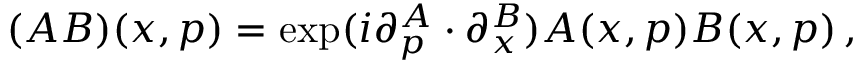
( A B ) ( x , p ) = \exp ( i \partial _ { p } ^ { A } \cdot \partial _ { x } ^ { B } ) A ( x , p ) B ( x , p ) \, ,